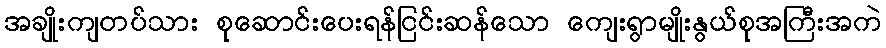
အချိုးကျတပ်သား စုဆောင်းပေးရန်ငြင်းဆန်သော ကျေးရွာမျိုးနွယ်စုအကြီးအကဲ